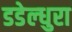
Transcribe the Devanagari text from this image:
डडेल्धुरा